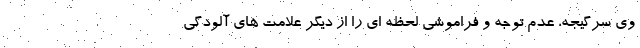
وی سرگیجه، عدم توجه و فراموشی لحظه ای را از دیگر علامت های آلودگی